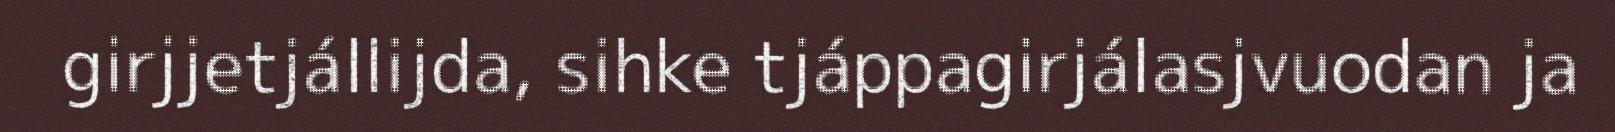
girjjetjállijda, sihke tjáppagirjálasjvuodan ja